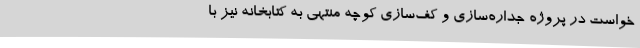
خواست در پروژه جداره‌سازی و کف‌سازی کوچه منتهی به کتابخانه نیز با